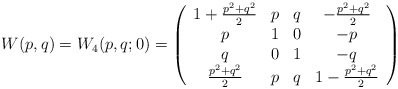
\begin{align*}W(p, q) = W_4(p, q; 0) = \left( \begin{array}{cccc}1+ \frac{p^2 + q^2 }{2} & p & q & -\frac{p^2 + q^2 }{2} \\p & 1 & 0 & -p \\q & 0 & 1 & -q \\\frac{p^2 + q^2 }{2} & p & q & 1 -\frac{p^2 + q^2 }{2}\end{array}\right)\end{align*}